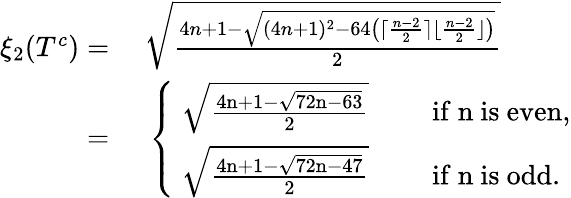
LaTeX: \begin{array}{rl}{\xi_{2}(T^{c})=}&{~\sqrt{\frac{4n+1-\sqrt{(4n+1)^{2}-64\big(\lceil\frac{n-2}{2}\rceil\lfloor\frac{n-2}{2}\rfloor\big)}}{2}}}\\ {=}&{~\left\{ \begin{array}{ll}{\mathrm{~\sqrt{\frac{4n+1-\sqrt{72n-63}}{2}}~}}&{\quad\mathrm{if~n~is~even,}}\\ {\mathrm{~\sqrt{\frac{4n+1-\sqrt{72n-47}}{2}}~}}&{\quad\mathrm{if~n~is~odd.}}\end{array}\right.}\end{array}